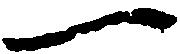
一